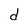
Character: d